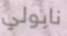
نابولي